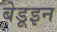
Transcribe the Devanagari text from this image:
बेडूइन